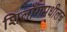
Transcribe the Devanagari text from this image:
शिलाँगमधीलच